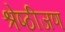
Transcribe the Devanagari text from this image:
श्रेष्ठीजण